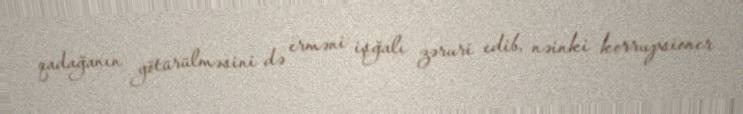
qadağanın götürülməsini də erməni işğalı zəruri edib, nəinki korrupsioner